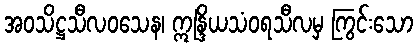
အဝသိဋ္ဌသီလဝသေန၊ ဣန္ဒြိယသံဝရသီလမှ ကြွင်းသော